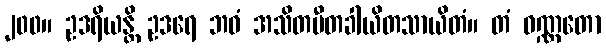
၂၀၀။ ဥဒရိယန္တိ ဥဒရေ ဘဝံ အသိတပီတခါယိတသာယိတံ။ တံ ဝဏ္ဏတော